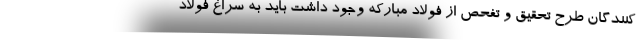
کنندگان طرح تحقیق و تفحص از فولاد مبارکه وجود داشت باید به سراغ فولاد